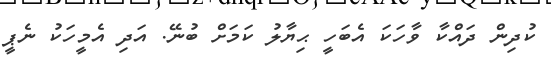
ކުދިން ދައްކާ ވާހަކަ އެބަހީ ޙިޔާލު ކަމަށް ބުނޭ. އަދި އެމީހަކު ނެޕީ